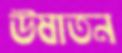
উষাতন